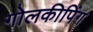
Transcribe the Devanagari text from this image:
गोलकीपिंग